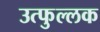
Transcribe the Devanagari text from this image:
उत्‍फुल्‍लक